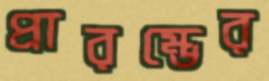
প্রারম্ভের